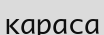
караса